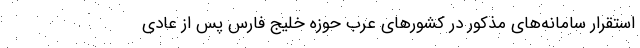
استقرار سامانه‌های مذکور در کشورهای عرب حوزه خلیج فارس پس از عادی